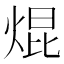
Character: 焜